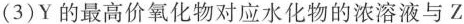
(3)Y的最高价氧化物对应水化物的浓溶液与Z